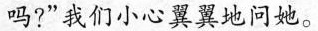
吗?”我们小心翼翼地问她。